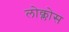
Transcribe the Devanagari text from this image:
लोक्लोस